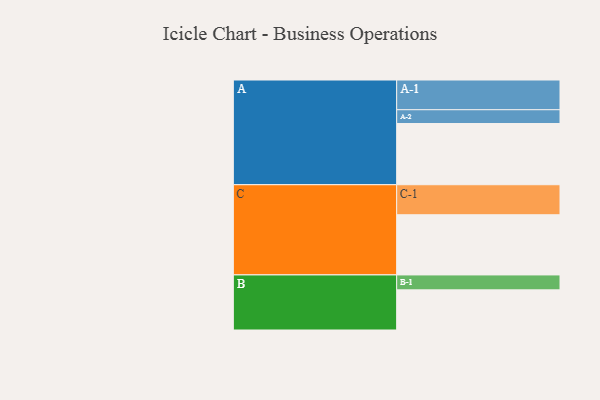
{"axis": {"x": "Segment", "y": "Value"}, "legend": ["", "A", "B", "C"], "data": [{"x": "A", "y": 599, "type": ""}, {"x": "B", "y": 393, "type": ""}, {"x": "C", "y": 589, "type": ""}, {"x": "A-1", "y": 291, "type": "A"}, {"x": "A-2", "y": 135, "type": "A"}, {"x": "B-1", "y": 146, "type": "B"}, {"x": "C-1", "y": 294, "type": "C"}]}